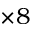
\times 8